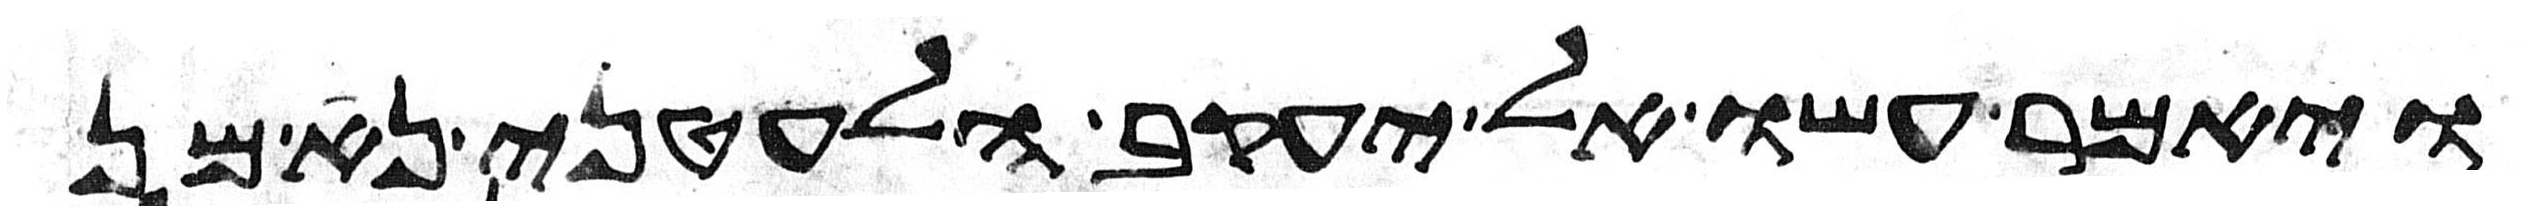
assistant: ויאמר עשו אל יעקב הלעטני נא מן